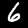
Label: 6